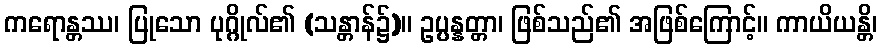
ကရောန္တဿ၊ ပြုသော ပုဂ္ဂိုလ်၏ (သန္တာန်၌)။ ဥပ္ပန္နတ္တာ၊ ဖြစ်သည်၏ အဖြစ်ကြောင့်။ ကာယိယန္တိ၊